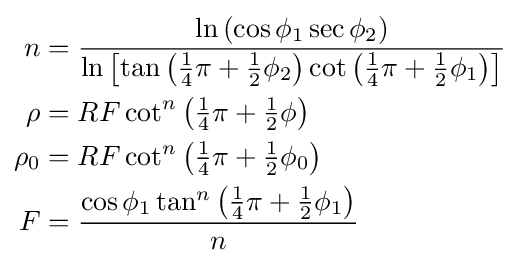
{\begin{aligned}n&={\frac {\ln \left(\cos \phi _{1}\sec \phi _{2}\right)}{\ln \left[\tan \left({\frac {1}{4}}\pi +{\frac {1}{2}}\phi _{2}\right)\cot \left({\frac {1}{4}}\pi +{\frac {1}{2}}\phi _{1}\right)\right]}}\\\rho &=RF\cot ^{n}\left({\tfrac {1}{4}}\pi +{\tfrac {1}{2}}\phi \right)\\\rho _{0}&=RF\cot ^{n}\left({\tfrac {1}{4}}\pi +{\tfrac {1}{2}}\phi _{0}\right)\\F&={\frac {\cos \phi _{1}\tan ^{n}\left({\frac {1}{4}}\pi +{\frac {1}{2}}\phi _{1}\right)}{n}}\end{aligned}}